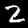
Digit: 2